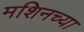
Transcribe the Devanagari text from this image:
मशिनच्या